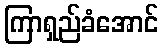
ကြာရှည်ခံအောင်